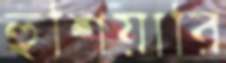
হুশিয়ারি